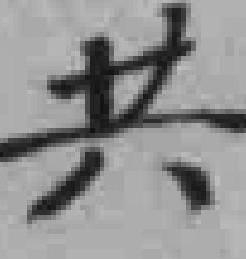
共